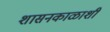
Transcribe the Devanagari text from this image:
शासनकाळाशी